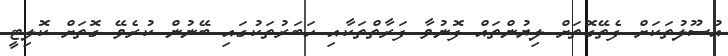
އުސޫލުތަކަށް ފެތޭގޮތަށް ލިޔުންތައް ފޮނުވާ ފަރާތްތަކާއި ހަބަރުތަކުގައި ބޭނުން ކުރެވޭ ގޮތަށް ކޮލިޓީ